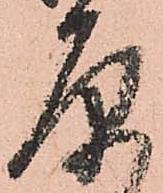
原